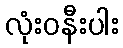
လုံးဝနီးပါး